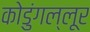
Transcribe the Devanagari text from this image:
कोडुंगल्लूर